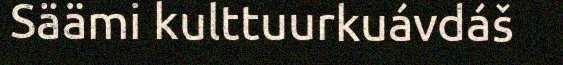
Säämi kulttuurkuávdáš